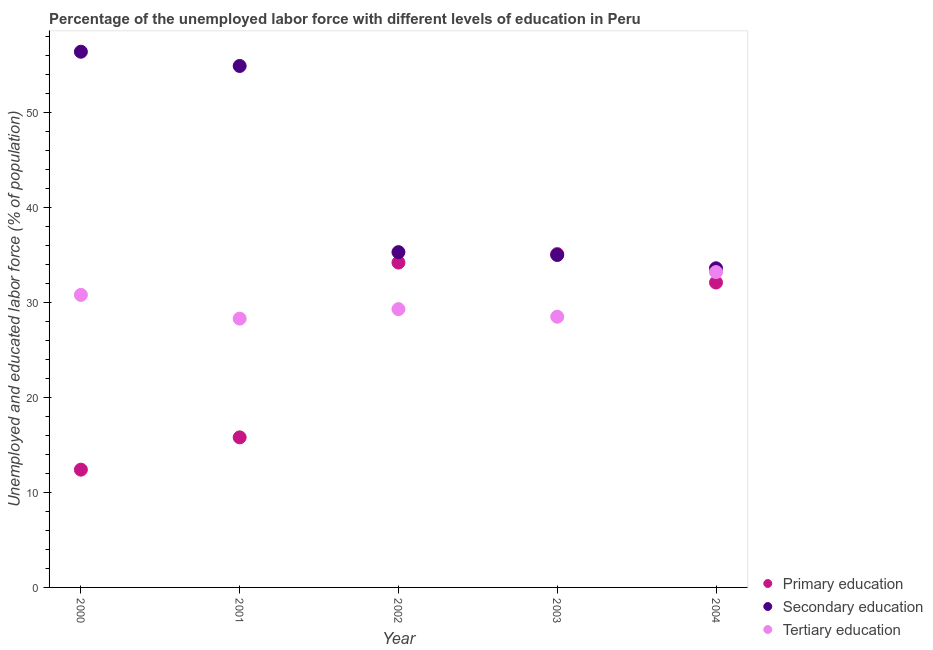
| Year | Primary education | Secondary education | Tertiary education |
 | --- | --- | --- | --- |
 | 2000 | 12.4 | 56.4 | 30.8 |
 | 2001 | 15.8 | 54.9 | 28.3 |
 | 2002 | 34.2 | 35.3 | 29.3 |
 | 2003 | 35.1 | 35 | 28.5 |
 | 2004 | 32.1 | 33.6 | 33.2 |